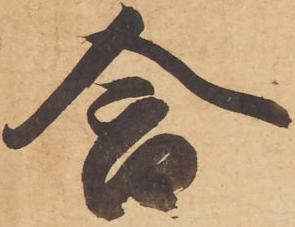
合